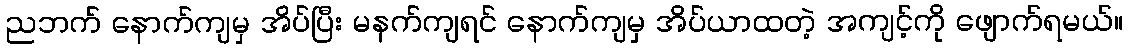
ညဘက် နောက်ကျမှ အိပ်ပြီး မနက်ကျရင် နောက်ကျမှ အိပ်ယာထတဲ့ အကျင့်ကို ဖျောက်ရမယ်။